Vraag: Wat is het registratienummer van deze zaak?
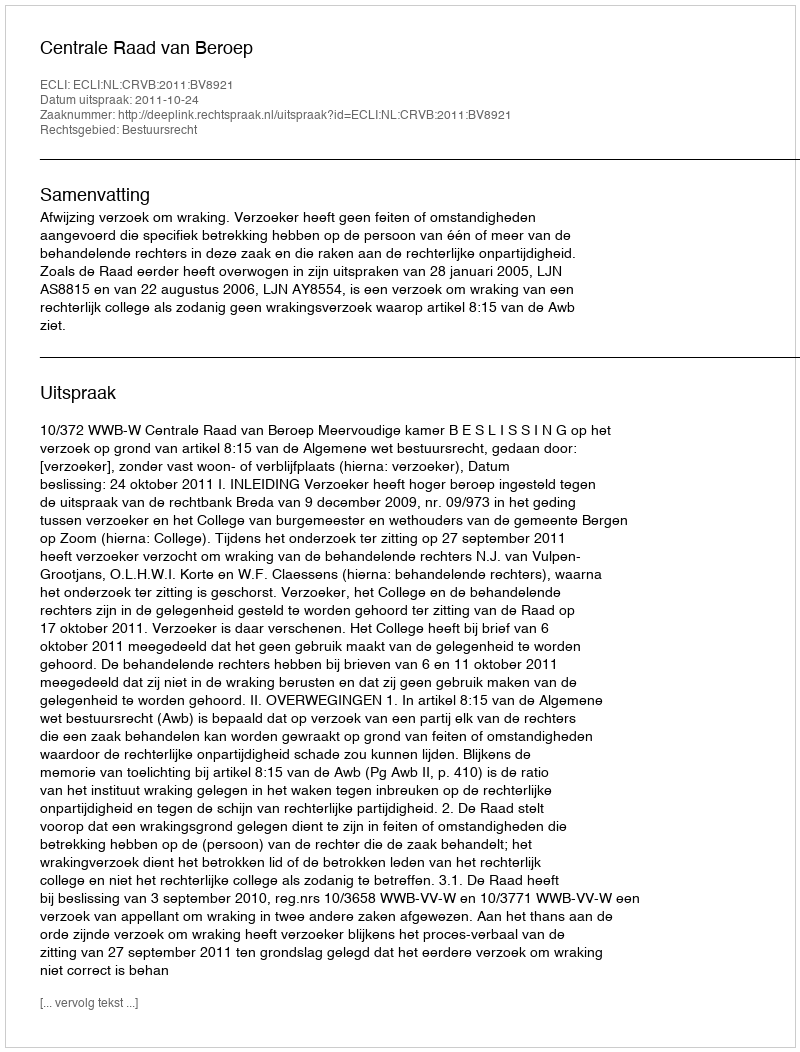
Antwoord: http://deeplink.rechtspraak.nl/uitspraak?id=ECLI:NL:CRVB:2011:BV8921